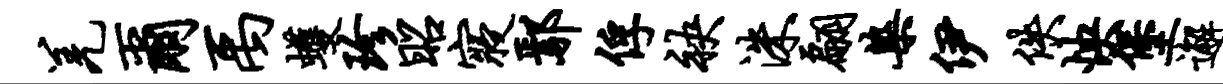
羌尔禹蠖珍昭寝鄢俘袂洙翩染伊佚怏堡邂